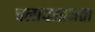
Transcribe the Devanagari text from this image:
चलायमानता